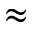
\approx